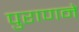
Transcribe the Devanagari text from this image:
पुराणने